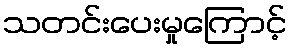
သတင်းပေးမှုကြောင့်